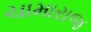
ચામારાજ